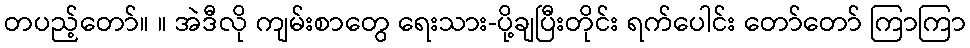
တပည့်တော်။ ။ အဲဒီလို ကျမ်းစာတွေ ရေးသား-ပို့ချပြီးတိုင်း ရက်ပေါင်း တော်တော် ကြာကြာ